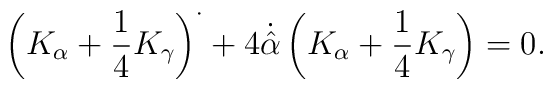
\left( K_{\alpha} +\frac{1}{4} K_ {\gamma} \right)^{\cdot} +4 \dot{\hat{\alpha}} \left( K_{\alpha} + \frac{1}{4} K_{\gamma} \right) =0.